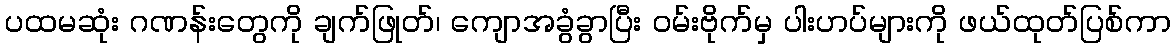
ပထမဆုံး ဂဏန်းတွေကို ချက်ဖြုတ်၊ ကျောအခွံခွာပြီး ဝမ်းဗိုက်မှ ပါးဟပ်များကို ဖယ်ထုတ်ပြစ်ကာ